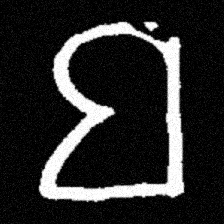
Pyu character \u2014 Myanmar letter: ဗ (romanized: ba)